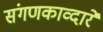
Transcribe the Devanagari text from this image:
संगणकाव्दारे